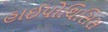
હાઈપોથિસિસ